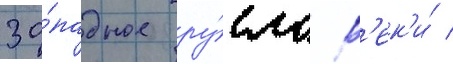
за́падное ру́сло р'ек'и́ /